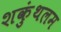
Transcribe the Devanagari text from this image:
शकुंथलम